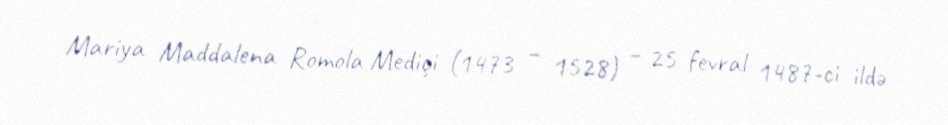
Mariya Maddalena Romola Mediçi (1473 – 1528) – 25 fevral 1487-ci ildə